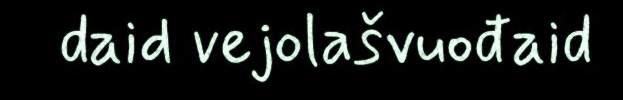
daid vejolašvuođaid